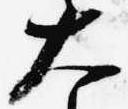
大